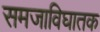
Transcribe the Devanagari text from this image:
समजाविघातक